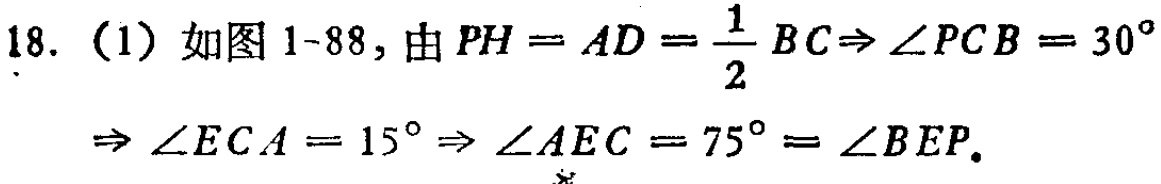
18. (1) 如图 1-88, 由 \(PH = AD=\frac{1}{2}BC\Rightarrow\angle PCB = 30^{\circ}\)

\(\Rightarrow\angle ECA = 15^{\circ}\Rightarrow\angle AEC = 75^{\circ}=\angle BEP\).